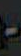
-